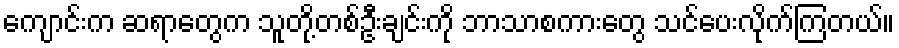
ကျောင်းက ဆရာတွေက သူတို့တစ်ဦးချင်းကို ဘာသာစကားတွေ သင်ပေးလိုက်ကြတယ်။